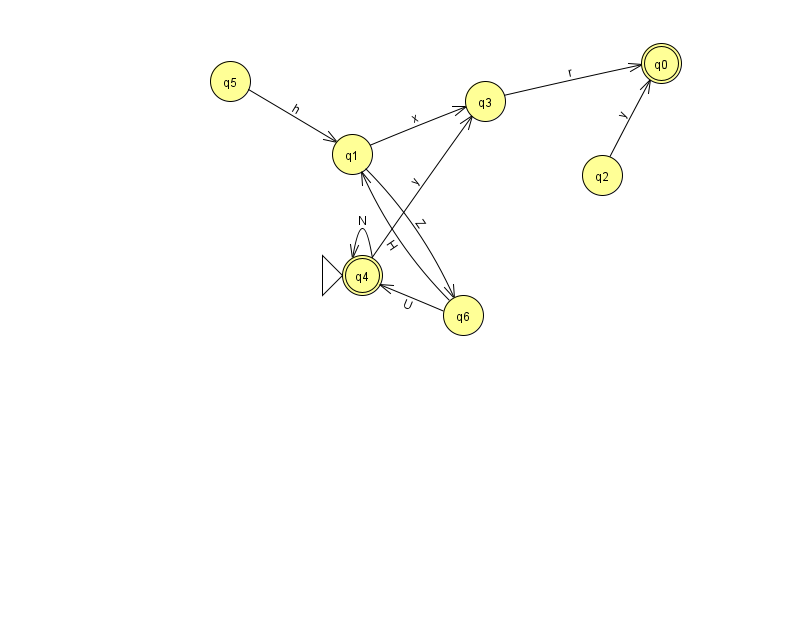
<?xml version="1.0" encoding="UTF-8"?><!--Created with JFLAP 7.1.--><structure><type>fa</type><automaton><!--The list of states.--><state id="0" name="q0"><x>661.0</x><y>50.0</y><final/></state><state id="1" name="q1"><x>352.0</x><y>141.0</y></state><state id="2" name="q2"><x>602.0</x><y>162.0</y></state><state id="3" name="q3"><x>485.0</x><y>88.0</y></state><state id="4" name="q4"><x>362.0</x><y>262.0</y><initial/><final/></state><state id="5" name="q5"><x>230.0</x><y>68.0</y></state><state id="6" name="q6"><x>463.0</x><y>302.0</y></state><!--The list of transitions.--><transition><from>6</from><to>1</to><read>H</read></transition><transition><from>1</from><to>6</to><read>Z</read></transition><transition><from>2</from><to>0</to><read>y</read></transition><transition><from>3</from><to>0</to><read>r</read></transition><transition><from>1</from><to>3</to><read>x</read></transition><transition><from>6</from><to>4</to><read>U</read></transition><transition><from>4</from><to>3</to><read>y</read></transition><transition><from>4</from><to>4</to><read>N</read></transition><transition><from>5</from><to>1</to><read>h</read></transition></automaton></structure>